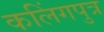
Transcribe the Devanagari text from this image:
कलिंगपुत्र